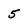
Character: 5